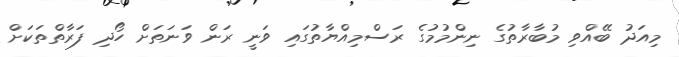
މިއަދު ބޭއްވި މުބާރާތުގެ ނިންމުމުގެ ރަސްމިއްޔާތުގައި ވަނީ ރަން ވަނަތަށް ހޯދި ފަރާތްތަކަށް